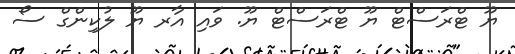
ޔޫ ޓްރަސްޓް ޔޫ ޓްރަސްޓް ޔޫ. ވައި އާރ ޔޫ ލުކިންގް ސޯ